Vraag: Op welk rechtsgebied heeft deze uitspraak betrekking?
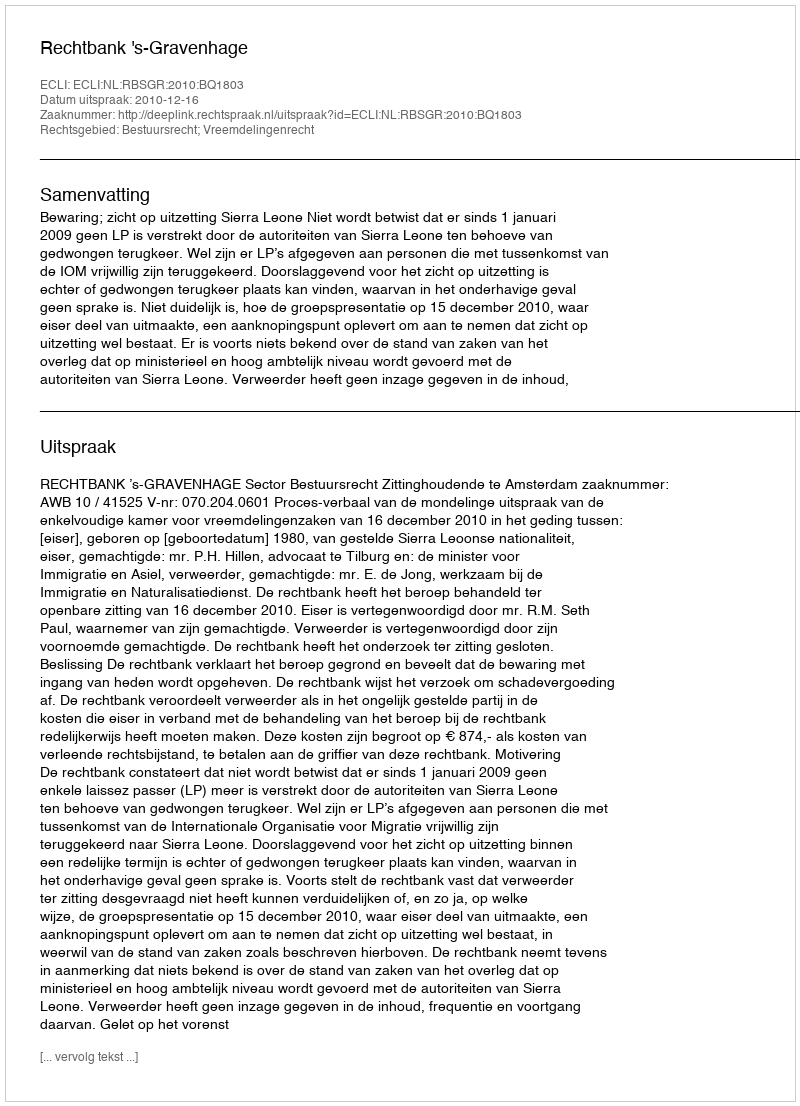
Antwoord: Bestuursrecht; Vreemdelingenrecht